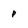
Character: p